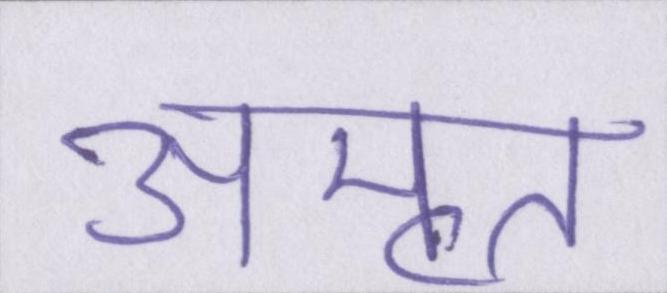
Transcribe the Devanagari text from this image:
अमृत